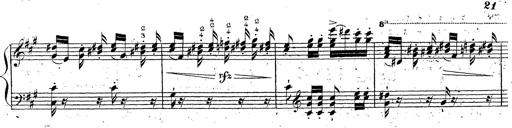
Title: Grande fantaisie sur la tyrolienne de l'opÃ©ra
Composer: Franz Liszt
Key: A major